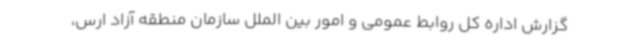
گزارش اداره کل روابط عمومی و امور بین الملل سازمان منطقه آزاد ارس،